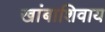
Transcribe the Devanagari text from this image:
खांबाशिवाय